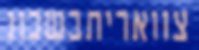
צוואריתבשכונ